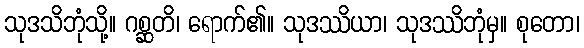
သုဒသိဘုံသို့။ ဂစ္ဆတိ၊ ရောက်၏။ သုဒဿိယာ၊ သုဒဿိဘုံမှ။ စုတော၊